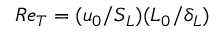
R e _ { T } = ( u _ { 0 } / S _ { L } ) ( L _ { 0 } / \delta _ { L } )